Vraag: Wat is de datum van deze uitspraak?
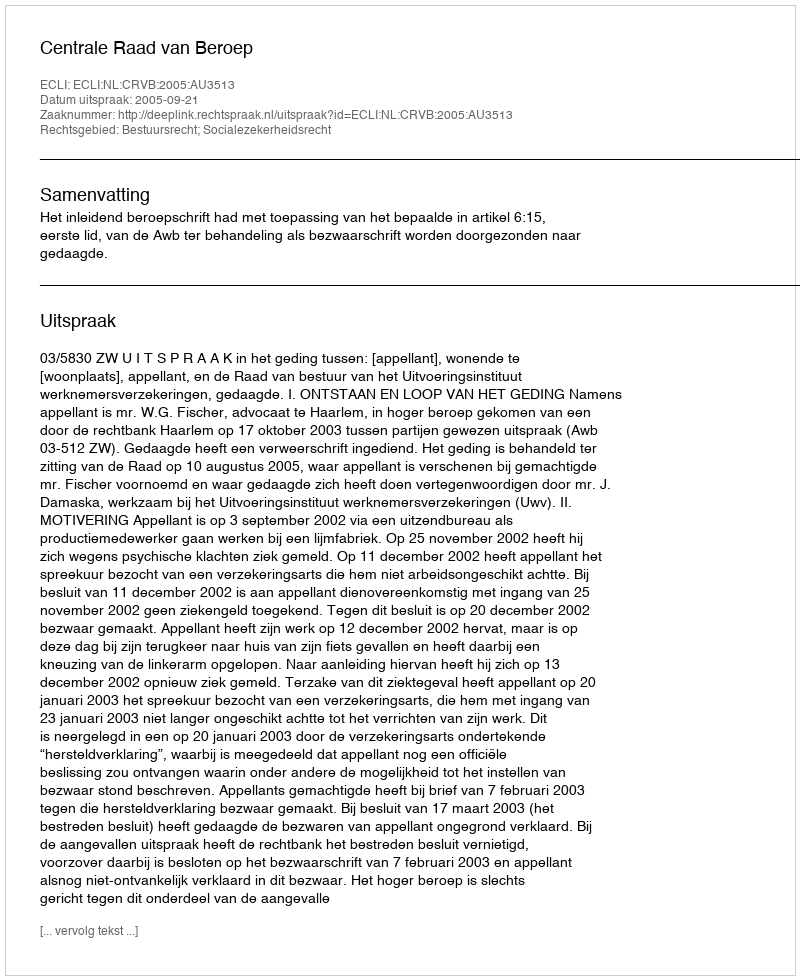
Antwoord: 2005-09-21